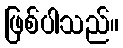
ဖြစ်ပါသည်။